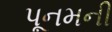
પૂનમની